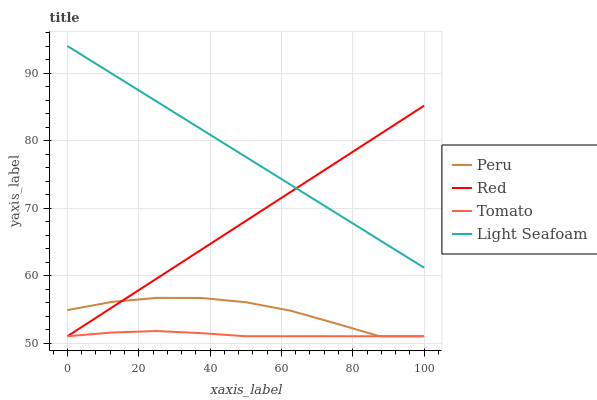
| xaxis_label | Peru | Red | Tomato | Light Seafoam |
 | --- | --- | --- | --- | --- |
 | 0 | 54.9 | 51 | 51 | 94 |
 | 12.5 | 56.1 | 55.3 | 51.6 | 89.9 |
 | 25 | 56.7 | 59.5 | 51.8 | 85.8 |
 | 37.5 | 56.7 | 63.8 | 51.5 | 81.7 |
 | 50 | 56 | 68.1 | 51 | 77.6 |
 | 62.5 | 54.8 | 72.3 | 51 | 73.5 |
 | 75 | 52.9 | 76.6 | 51 | 69.4 |
 | 87.5 | 51 | 80.9 | 51 | 65.3 |
 | 100 | 51 | 85.2 | 51 | 61.2 |